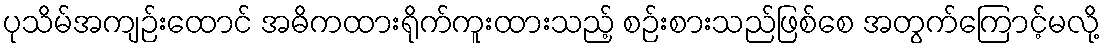
ပုသိမ်အကျဉ်းထောင် အဓိကထားရိုက်ကူးထားသည့် စဉ်းစားသည်ဖြစ်စေ အတွက်ကြောင့်မလို့